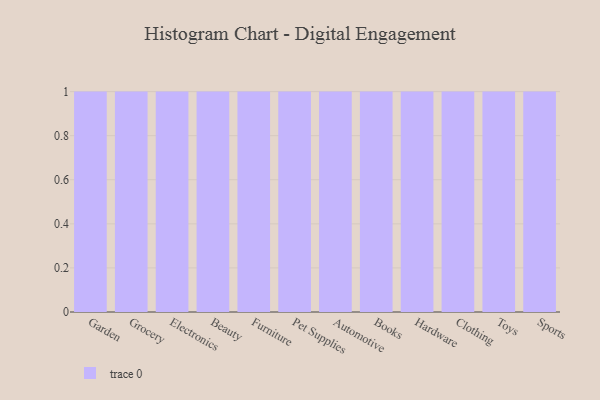
{"axis": {"x": "Category", "y": "Population (Million)"}, "legend": [""], "data": [{"x": "Garden", "y": 14, "type": ""}, {"x": "Grocery", "y": 70, "type": ""}, {"x": "Electronics", "y": 29, "type": ""}, {"x": "Beauty", "y": 82, "type": ""}, {"x": "Furniture", "y": 40, "type": ""}, {"x": "Pet Supplies", "y": 69, "type": ""}, {"x": "Automotive", "y": 88, "type": ""}, {"x": "Books", "y": 5, "type": ""}, {"x": "Hardware", "y": 56, "type": ""}, {"x": "Clothing", "y": 50, "type": ""}, {"x": "Toys", "y": 29, "type": ""}, {"x": "Sports", "y": 21, "type": ""}]}